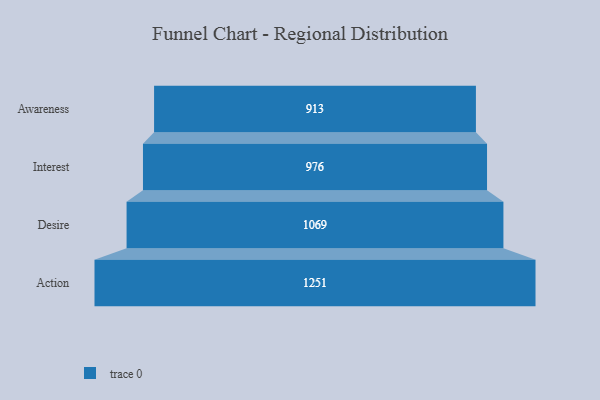
{"axis": {"x": "Stage", "y": "Value"}, "legend": [""], "data": [{"x": "Awareness", "y": 913.0, "type": ""}, {"x": "Interest", "y": 976.0, "type": ""}, {"x": "Desire", "y": 1069.0, "type": ""}, {"x": "Action", "y": 1251.0, "type": ""}]}